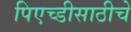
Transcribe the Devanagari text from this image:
पिएच्डीसाठीचे